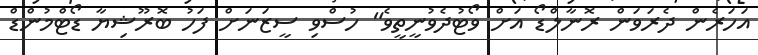
އަހަރެން ދެރަވަން ރޮނާލްޑޯ އަށް ވޯޓުދެވުނީތީވެ" ހުސްވި ސީޒަނަށް ފަހު ބޮރޫޝިޔާ ޑޯޓްމުންޑް